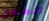
المنوي